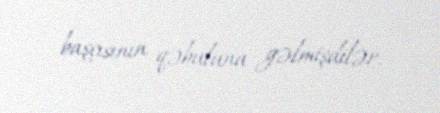
başçısının qəbuluna gəlmişdilər.